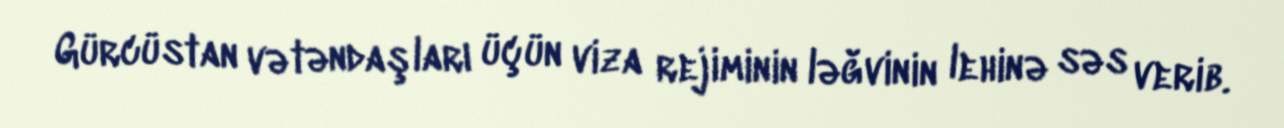
Gürcüstan vətəndaşları üçün viza rejiminin ləğvinin lehinə səs verib.